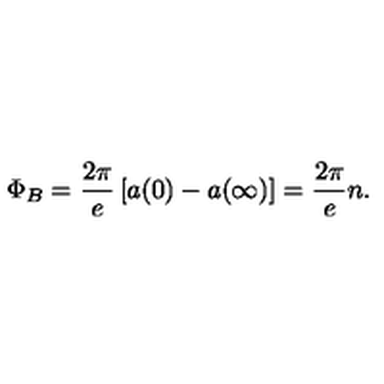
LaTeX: \Phi _ { B } = \frac { 2 \pi } e \left[ a ( 0 ) - a ( \infty ) \right] = \frac { 2 \pi } e n .